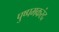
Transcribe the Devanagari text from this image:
पुष्पमकरंद